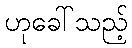
ဟုခေါ်သည့်